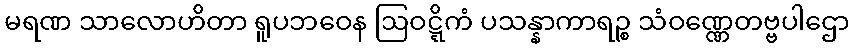
မရဏ သာလောဟိတာ ရူပဘဝေန ဩဝဋ္ဋိကံ ပသန္နာကာရဉ္စ သံဝဏ္ဏေတဗ္ဗပါဌော